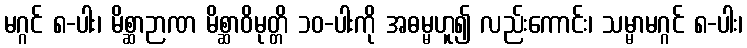
မဂ္ဂင် ၈-ပါး၊ မိစ္ဆာဉာဏ မိစ္ဆာဝိမုတ္တိ ၁၀-ပါးကို အဓမ္မဟူ၍ လည်းကောင်း၊ သမ္မာမဂ္ဂင် ၈-ပါး၊